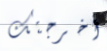
أخرجتك